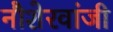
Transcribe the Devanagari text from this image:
नौशेरवांजी